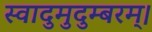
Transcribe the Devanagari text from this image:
स्वादुमुदुम्बरम्।